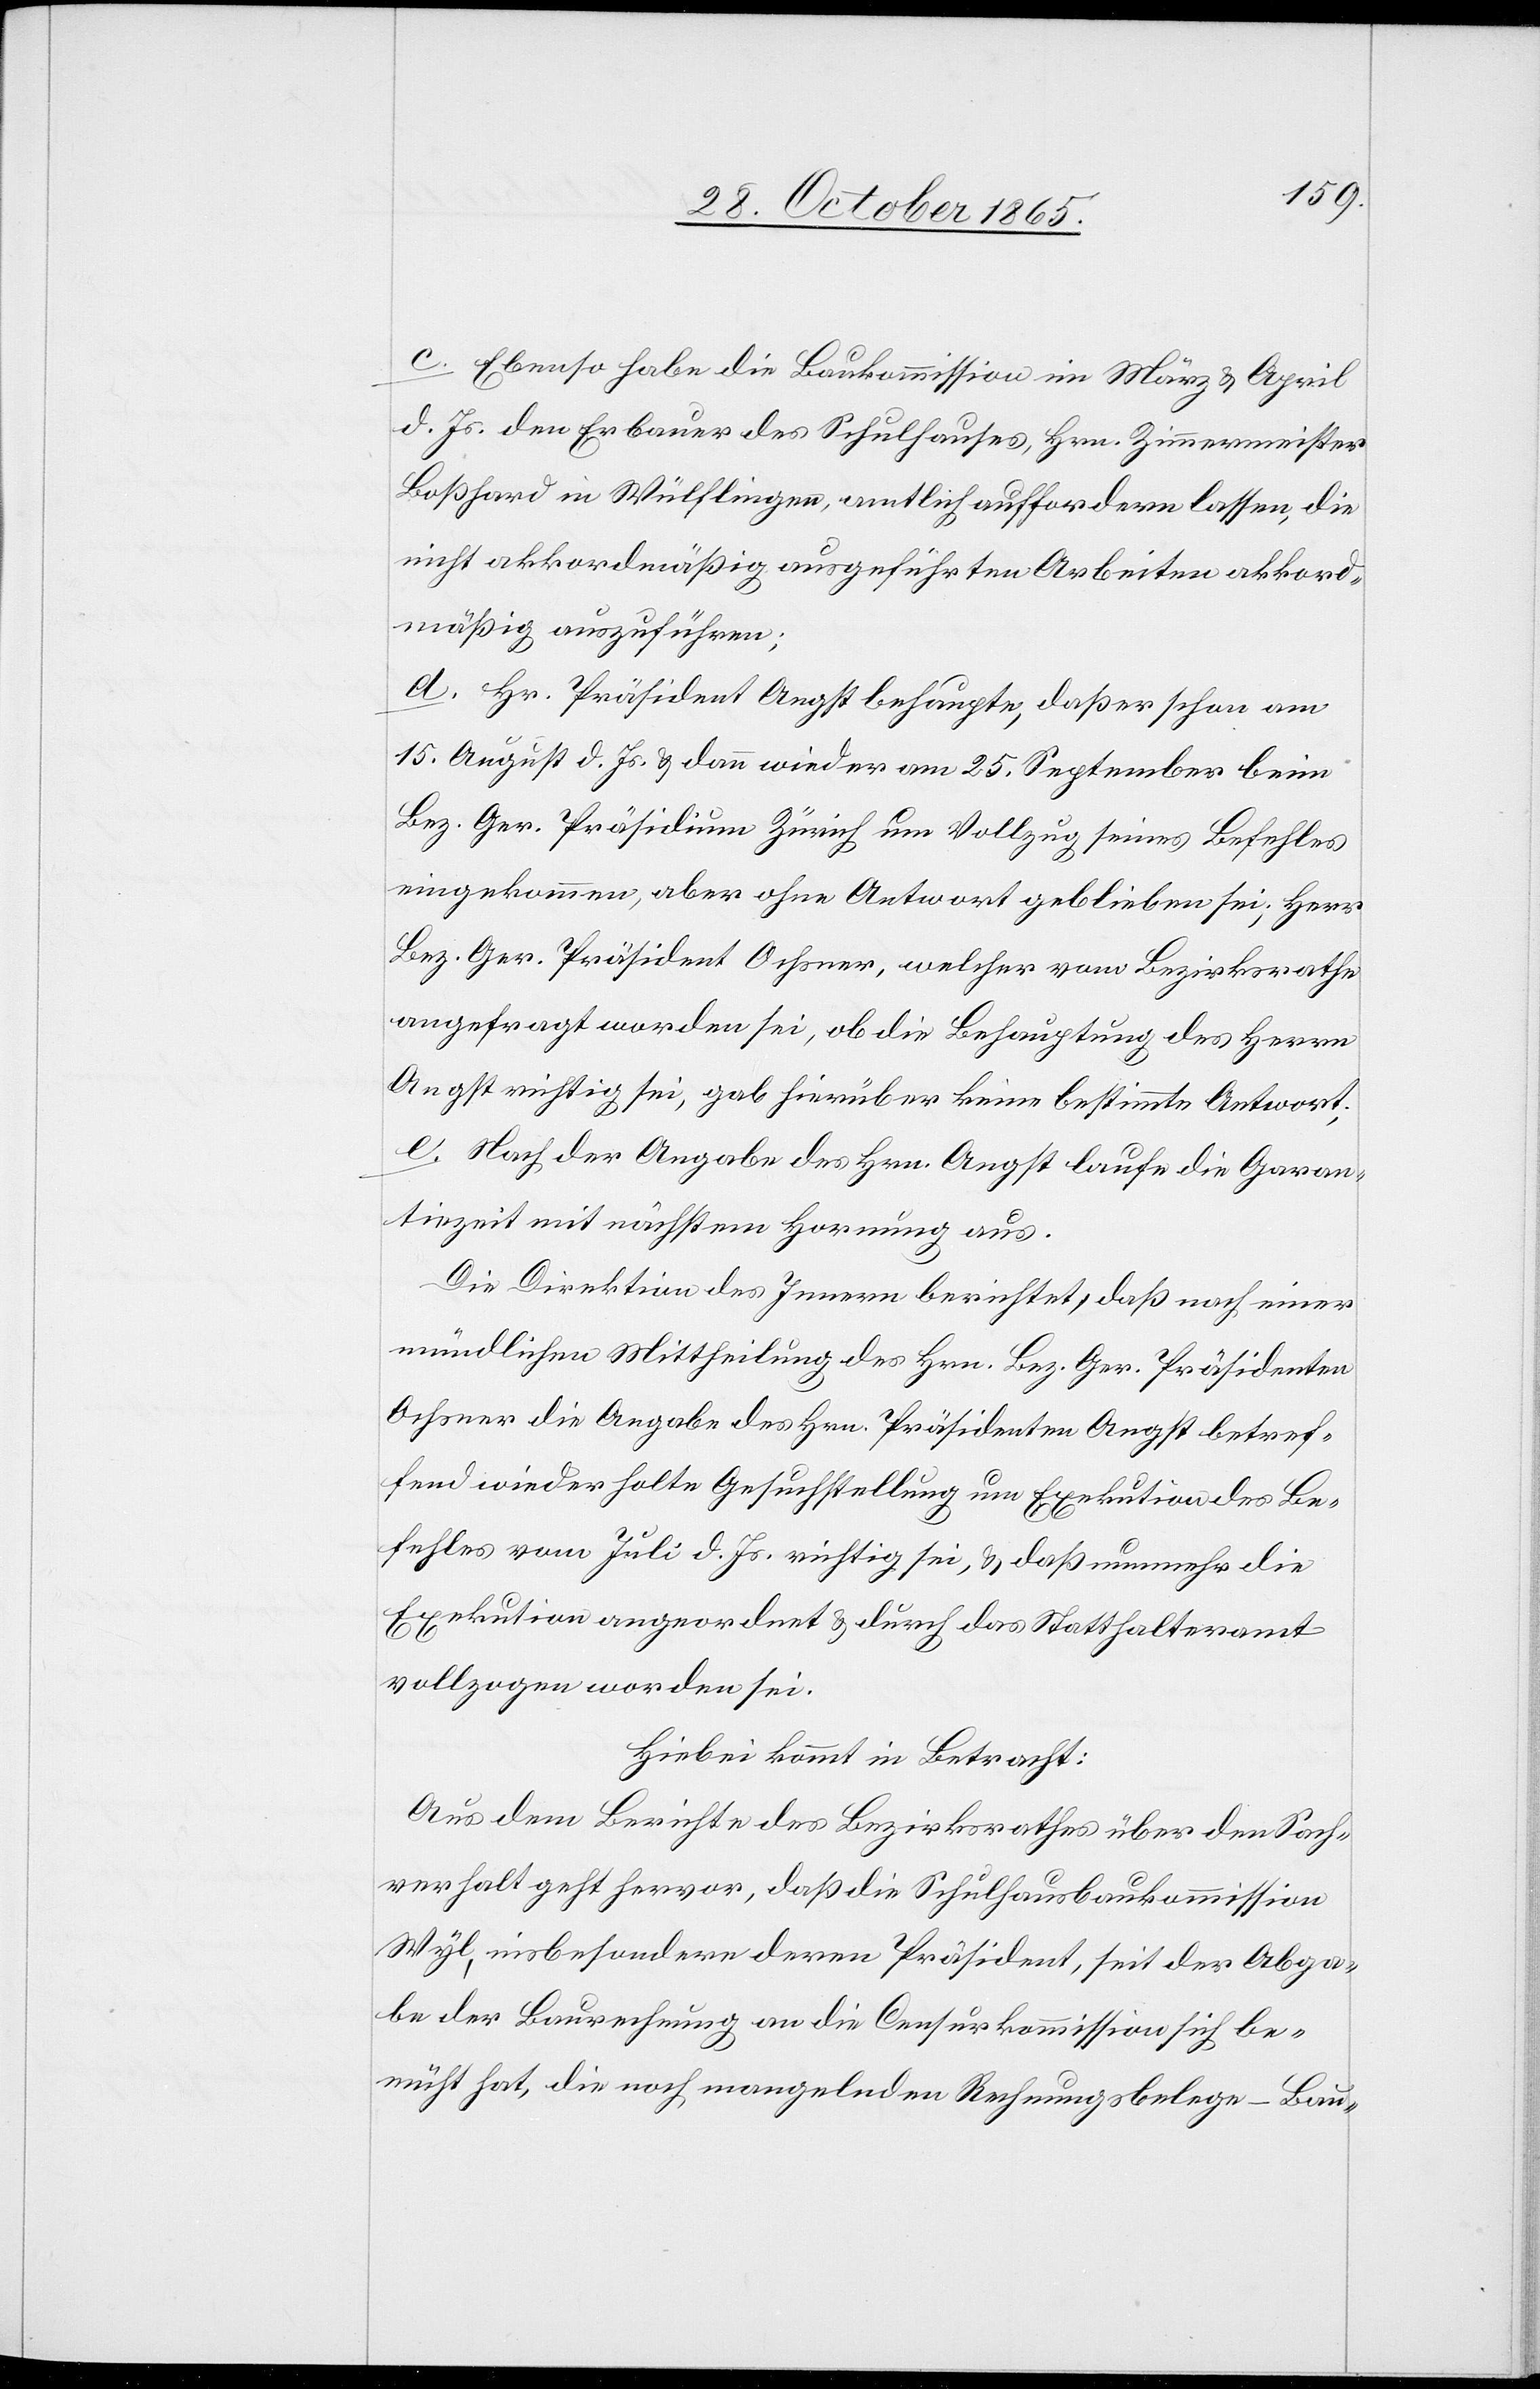
c. Ebenso habe die Baukommission im März & April
d. Js. den Erbauer des Schulhauses, Hrn. Zimmermeister
Boßhard [sic!] in Wülflingen, amtlich auffordern lassen, die
nicht akkordmäßig ausgeführten Arbeiten akkord¬
mäßig auszuführen;
d. Hr. Präsident Angst behaupte, daß er schon am
15. August d. Js. & dann wieder am 25. September beim
Bez. Ger. Präsidium Zürich um Vollzug seines Befehles
eingekommen, aber ohne Antwort geblieben sei; Herr
Bez. Ger. Präsident Ochsner, welcher vom Bezirksrathe
angefragt worden sei, ob die Behauptung des Herrn
Angst richtig sei, gab hierüber keine bestimmte Antwort;
e. Nach der Angabe des Hrn. Angst laufe die Garan¬
tiezeit mit nächstem Hornung aus.
Die Direktion des Innern berichtet, daß nach einer
mündlichen Mittheilung des Hrn. Bez. Ger. Präsidenten
Ochsner die Angabe des Hrn. Präsidenten Angst betref¬
fend wiederholte Gesuchstellung um Exekution des Be¬
fehles vom Juli d. Js. richtig sei, & daß nunmehr die
Exekution angeordnet & durch das Statthalteramt
vollzogen worden sei.
Hiebei kommt in Betracht:
Aus dem Berichte des Bezirksrathes über den Sach¬
verhalt geht hervor, daß die Schulhausbaukommission
Wyl, insbesondere deren Präsident, seit der Abga¬
be der Baurechnung an die Censurkommission sich be¬
müht hat, die noch mangelnden Rechnungsbelege – Bau-